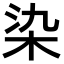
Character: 染